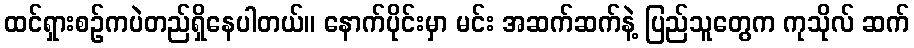
ထင်ရှားစဉ်ကပဲတည်ရှိနေပါတယ်။ နောက်ပိုင်းမှာ မင်း အဆက်ဆက်နဲ့ ပြည်သူတွေက ကုသိုလ် ဆက်